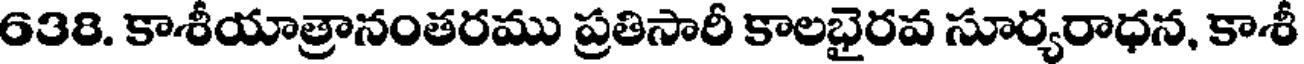
638. కాశీయాత్రానంతరము ప్రతిసారీ కాలభైరవ సూర్యరాధన, కాశీ